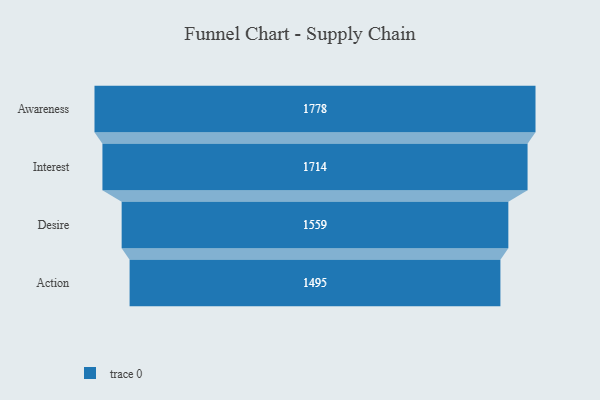
{"axis": {"x": "Stage", "y": "Value"}, "legend": [""], "data": [{"x": "Awareness", "y": 1778.0, "type": ""}, {"x": "Interest", "y": 1714.0, "type": ""}, {"x": "Desire", "y": 1559.0, "type": ""}, {"x": "Action", "y": 1495.0, "type": ""}]}